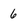
Character: 6